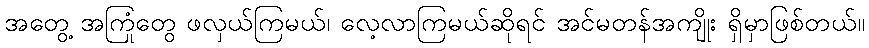
အတွေ့ အကြုံတွေ ဖလှယ်ကြမယ်၊ လေ့လာကြမယ်ဆိုရင် အင်မတန်အကျိုး ရှိမှာဖြစ်တယ်။